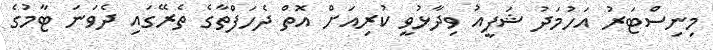
މިނިސްޓަރު އަހުމަދު ޝަފީއު ވިދާޅުވީ ކުރިއަށް އޮތް ދެހަފްތާގެ ތެރޭގައި ދެވަނަ ޓާމުގެ